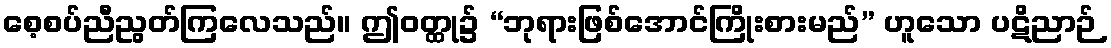
စေ့စပ်ညီညွတ်ကြလေသည်။ ဤဝတ္ထု၌ “ဘုရားဖြစ်အောင်ကြိုးစားမည်” ဟူသော ပဋိညာဉ်